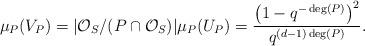
LaTeX: \begin{align*} \mu_P(V_P) = \vert \mathcal{O}_S/(P\cap \mathcal{O}_S) \vert \mu_P(U_P) = \frac{\left(1-q^{-\deg(P)}\right)^2}{q^{(d-1) \deg(P)}}. \end{align*}